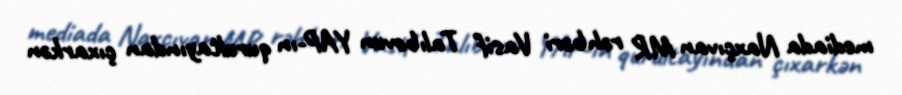
mediada Naxçıvan MR rəhbəri Vasif Talıbovun YAP-ın qurultayından çıxarkən